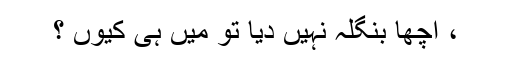
، اچھا بنگلہ نہیں دیا تو میں ہی کیوں ؟